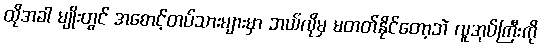
ထိုအခါ မျိုးတွင် အစောင့်တပ်သားများမှာ ဘယ်လိုမှ မတတ်နိုင်တော့ဘဲ လူအုပ်ကြီးကို